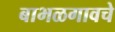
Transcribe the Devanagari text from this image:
बाभळगावचे